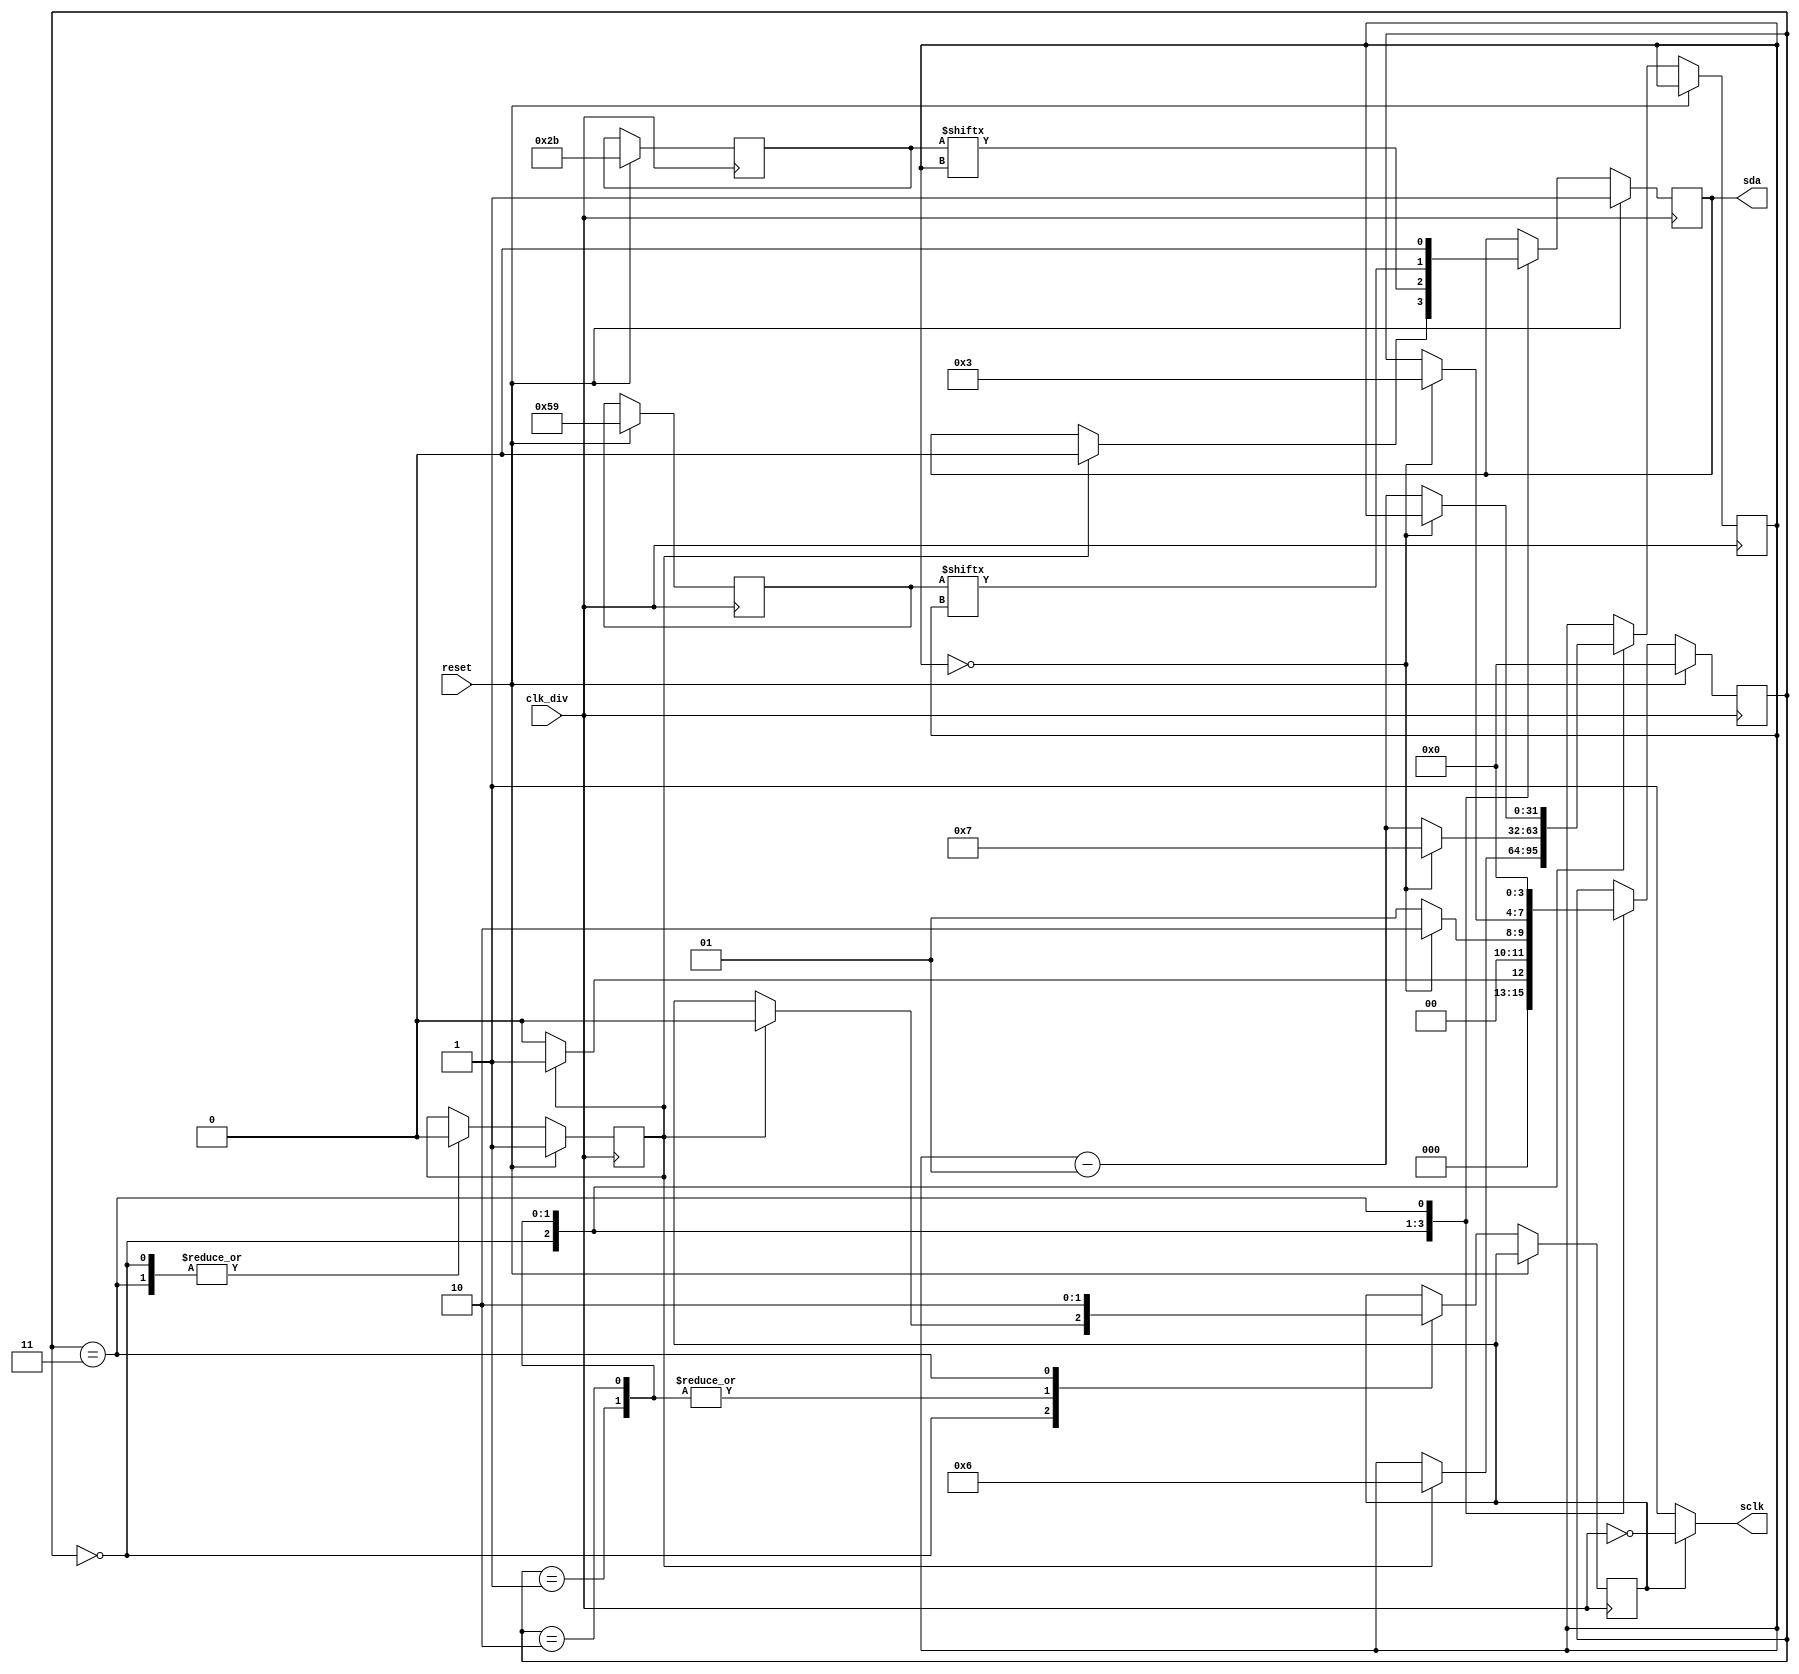
`timescale 1ns / 1ps
//////////////////////////////////////////////////////////////////////////////////
// Company: 
// Engineer: 
// 
// Design Name: 
// Module Name:    i2cmaster03 
// Project Name: 
// Target Devices: 
// Tool versions: 
// Description: 
//
// Dependencies: 
//
// Revision: 
// Revision 0.01 - File Created
// Additional Comments: 
//
//////////////////////////////////////////////////////////////////////////////////
module i2cmaster03(
     input reset,clk_div,
    output reg sda, 
	 output sclk
    );
	 
reg [3:0] state;
reg busen;
reg [6:0]	addr; //first addr is the reg later turn to input
reg [8:0] data;
reg sclk_en;
integer i;
localparam idle  = 4'b0000;
localparam findslave = 4'h1;
localparam senddata = 4'h2;
localparam stop = 4'h3;

assign sclk = sclk_en? ~clk_div : 1'b1;

/*always@(negedge clk_div)
begin
if(reset == 1'b1)
	begin
	sclk_en <= 1'b0;
	//sclk <= 1'b1;
	end
else if (state == (findslave || senddata))
	 begin 
	 sclk_en <= 1'b1; 
	 end
else if (state == (idle || stop)) 
	begin 
	sclk_en <= 1'b0; 
	end

$display("i2c_scl = %h & clock = %h in main prog while sclk_en = %h and state = %h",sclk,clk_div, sclk_en,state);
end*/
 //sclk_en <= 1'b0; sclk <= 1'b1;
//else if (state == stop) sclk_en <=1'b0;//sclk <= 1'b1;

always@(posedge clk_div)
begin
$display("sda = %h, for clock - %h",sda,clk_div);
if(reset)
	begin
	sda <= 1'b1;
	busen <= 1'b1;
	//sclk <= 1'b1;
	state	<= idle;
	data <= 8'h59;
	addr <= 7'b0101011;
	end
else
	begin
	$display ("current state = %h",state);
	case(state)
	idle : 
		begin
		if(busen == 1'b1)//ie bus needs to be used
		begin 
		busen <= 0; //bus is busy
		sda <= 0; //sda goes low before clk
		state <= findslave;
		sclk_en <= 1'b0;
		i <= 6;
		 end
		else state <= idle;
		end
	findslave : // to send address
		begin
		sclk_en <= 1'b1;
		 sda <= addr[i]; //only sendign the address for now
		 if(i== 0) begin i <= 7; state <= senddata; end
		 else begin i <= i-1; state <= findslave; end
		 //end
		//else state <= findslave;
		end

	//ack: //sending the acknowledge bit
	//begin
	 // this is useful for when a slave has control over sda
	//end
	senddata : //sends data over sda for now
		begin
		//if(sclk == 0)
		//begin
		sclk_en <= 1'b1;
		sda <= data[i];
		if(i==0) state <= stop;
		else i <= i-1;
		end

	stop: // generates start sequence
		begin
		sda <= 0;
		sclk_en <= 1'b0;
		state <= idle;
		//busen <= 1'b1; bus available
		busen <= 1'b0; //so that the bus stops everything
		end
	endcase

	end
end

endmodule